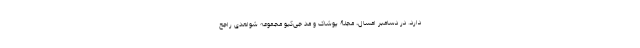
دارد. در دسامبر امسال، مجلۀ پوشاک و مُد جی‌کیو مجموعه شواهدی راجع